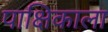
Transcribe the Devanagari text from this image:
पाक्षिकाला